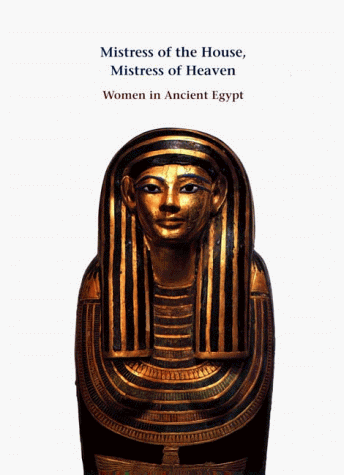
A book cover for Mistress of the House, Mistress of Heaven: Women in Ancient Egypt; Politics & Social Sciences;